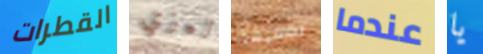
القطرات ليزي بمعرفة عندما يا